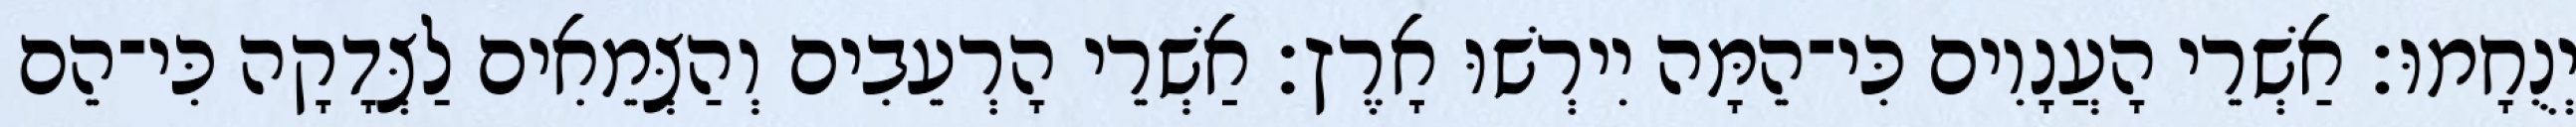
יְנֻחָמוּ׃ אַשְׁרֵי הָעֲנָוִים כִּי־הֵמָּה יִירְשׁוּ אָרֶץ׃ אַשְׁרֵי הָרְעֵבִים וְהַצְּמֵאִים לַצְּדָקָה כִּי־הֵם